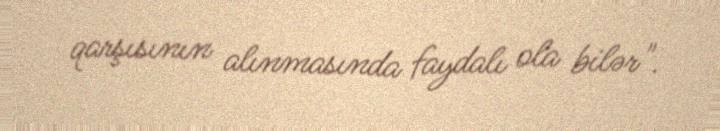
qarşısının alınmasında faydalı ola bilər".